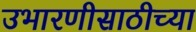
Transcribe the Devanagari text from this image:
उभारणीसाठीच्या